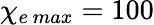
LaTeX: \chi_{e\, max}=100